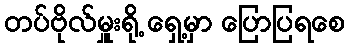
တပ်ဗိုလ်မှူးရို့ ရှေ့မှာ ပြောပြရစေ